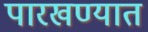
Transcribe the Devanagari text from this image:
पारखण्यात